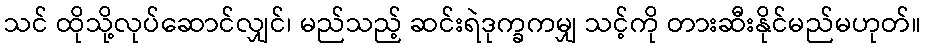
သင် ထိုသို့လုပ်ဆောင်လျှင်၊ မည်သည့် ဆင်းရဲဒုက္ခကမျှ သင့်ကို တားဆီးနိုင်မည်မဟုတ်။